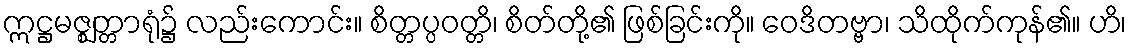
ဣဋ္ဌမဇ္ဈတ္တာရုံ၌ လည်းကောင်း။ စိတ္တပ္ပဝတ္တိ၊ စိတ်တို့၏ ဖြစ်ခြင်းကို။ ဝေဒိတဗ္ဗာ၊ သိထိုက်ကုန်၏။ ဟိ၊